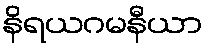
နိရယဂမနီယာ